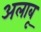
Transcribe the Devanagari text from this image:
अलाबू